Vaccination in Bombay 1889-1901 - 1889-1901
Year: 1889
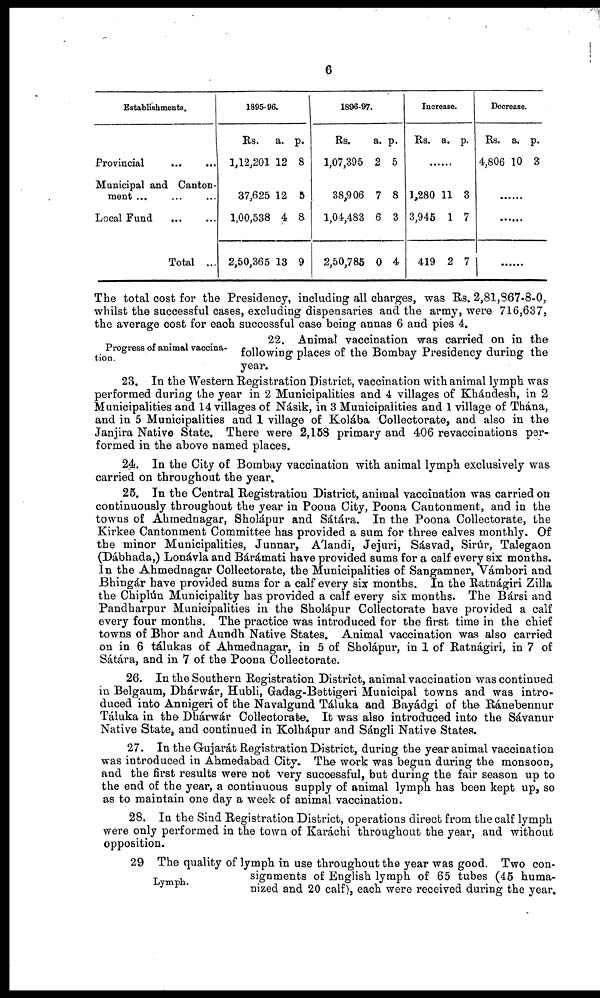
6
Establishments.
Provincial ... ...
Municipal and Canton-
ment ...
Local Fund
... ...
Total ...
1895-96.
Rs.
1,12,201
37,625
1,00,538
2,50,365
a.
12
12
4
13
p.
8
5
8
9
1896-97.
Rs.
1,07,395
38,906
1,04,483
2,50,785
a.
2
7
6
0
p.
5
8
3
4
Increase.
Rs. a. p.
......
1,280
3,945
419
11
1
2
3
7
7
Decrease.
Rs.
4,806
a.
10
p.
3
......
......
......
The total cost for the Presidency, including all charges, was Rs. 2,81,867-8-0,
whilst the successful cases, excluding dispensaries and the army, were 716,637,
the average cost for each successful case being annas 6 and pies 4.
Progress of animal vaccina-
tion.
22. Animal vaccination was carried on in the
following places of the Bombay Presidency during the
year.
23. In the Western Registration District, vaccination with animal lymph was
performed during the year in 2 Municipalities and 4 villages of Khándesh, in 2
Municipalities and 14 villages of Násik, in 3 Municipalities and 1 village of Thána,
and in 5 Municipalities and 1 village of Kolába Collectorate, and also in the
Janjira Native State. There were 2,158 primary and 406 revaccinations per-
formed in the above named places.
24. In the City of Bombay vaccination with animal lymph exclusively was
carried on throughout the year.
25. In the Central Registration District, animal vaccination was carried on
continuously throughout the year in Poona City, Poona Cantonment, and in the
towns of Ahmednagar, Sholápur and Sátára. In the Poona Collectorate, the
Kirkee Cantonment Committee has provided a sum for three calves monthly. Of
the minor Municipalities, Junnar, Álandi, Jejuri, Sásvad, Sirúr, Talegaon
(Dábhada,) Lonávla and Bárámati have provided sums for a calf every six months.
In the Ahmednagar Collectorate, the Municipalities of Sangamner, Vámbori and
Bhingár have provided sums for a calf every six months. In the Ratnágiri Zilla
the Chiplún Municipality has provided a calf every six months. The Bársi and
Pandharpur Municipalities in the Sholápur Collectorate have provided a calf
every four months. The practice was introduced for the first time in the chief
towns of Bhor and Aundh Native States. Animal vaccination was also carried
on in 6 tálukas of Ahmednagar, in 5 of Sholápur, in 1 of Ratnágiri, in 7 of
Sátára, and in 7 of the Poona Collectorate.
26. In the Southern Registration District, animal vaccination was continued
in Belgaum, Dhárwár, Hubli, Gadag-Bettigeri Municipal towns and was intro-
duced into Annigeri of the Navalgund Táluka and Bayádgi of the Ránebennur
Táluka in the Dhárwár Collectorate. It was also introduced into the Sávanur
Native State, and continued in Kolhápur and Sángli Native States.
27. In the Gujarát Registration District, during the year animal vaccination
was introduced in Ahmedabad City. The work was begun during the monsoon,
and the first results were not very successful, but during the fair season up to
the end of the year, a continuous supply of animal lymph has been kept up, so
as to maintain one day a week of animal vaccination.
28. In the Sind Registration District, operations direct from the calf lymph
were only performed in the town of Karáchi throughout the year, and without
opposition.
Lymph.
29 The quality of lymph in use throughout the year was good. Two con-
signments of English lymph of 65 tubes (45 huma-
nized and 20 calf), each were received during the year.